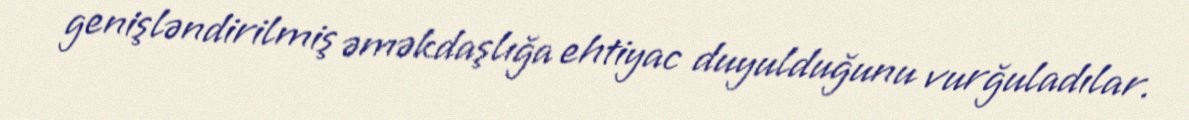
genişləndirilmiş əməkdaşlığa ehtiyac duyulduğunu vurğuladılar.